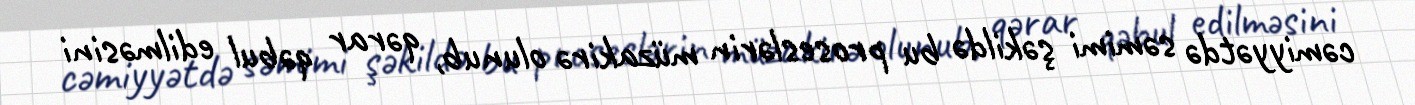
cəmiyyətdə səmimi şəkildə bu proseslərin müzakirə olunub, qərar qəbul edilməsini